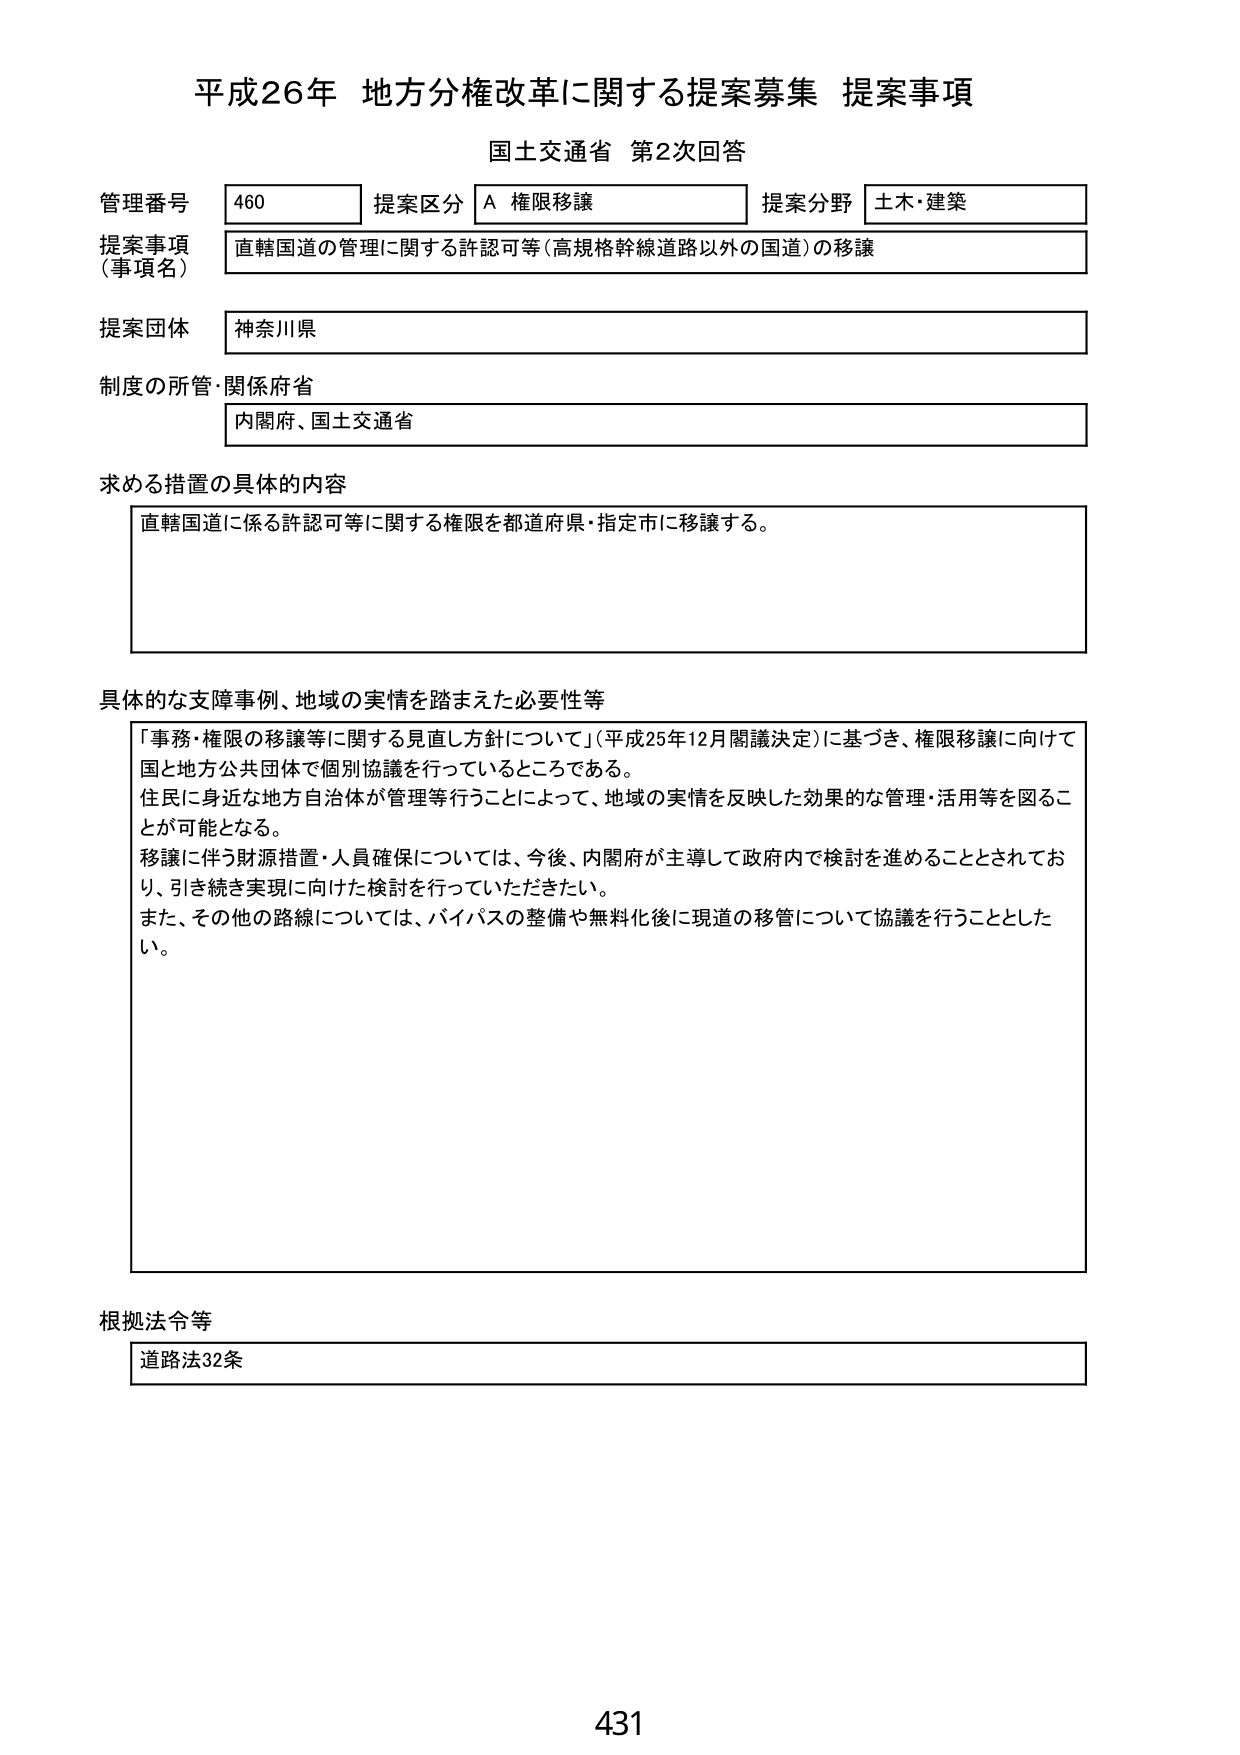
平成26年 地方分権改革に関する提案募集 提案事項
国土交通省 第2次回答

管理番号 460 提案区分 A 権限移譲 提案分野 土木・建築
提案事項（事項名） 直轄国道の管理に関する許認可等（高規格幹線道路以外の国道）の移譲
提案団体 神奈川県
制度の所管・関係府省 内閣府、国土交通省

求める措置の具体的な内容
直轄国道に係る許認可等に関する権限を都道府県・指定市に移譲する。

具体的な支障事例、地域の実情を踏まえた必要性等
「事務・権限の移譲等に関する見直し方針について」（平成25年12月閣議決定）に基づき、権限移譲に向けて国と地方公共団体で個別協議を行っているところである。
住民に身近な地方自治体が管理等行うことによって、地域の実情を反映した効果的な管理・活用等を図ることが可能となる。
移譲に伴う財源措置・人員確保については、今後、内閣府が主導して政府内で検討を進めることとされており、引き続き実現に向けた検討を行っていただきたい。
また、その他の路線については、バイパスの整備や無料化後に現道の移管について協議を行うこととした。

根拠法令等
道路法32条

431